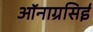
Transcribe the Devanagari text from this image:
ऑनाग्रसिई